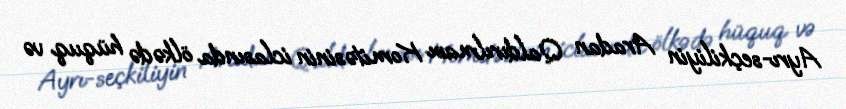
Ayrı-seçkiliyin Aradan Qaldırılması Komitəsinin iclasında ölkədə hüquq və